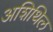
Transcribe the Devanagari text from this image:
अशिथिल